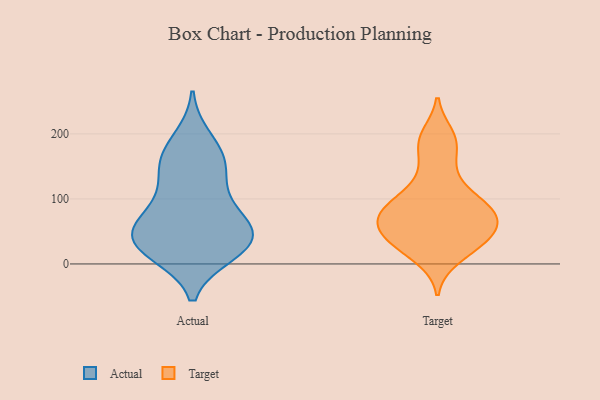
{"axis": {"x": "Backlog", "y": "Value"}, "legend": ["Actual", "Target"], "data": [{"x": "", "y": 23, "type": "Actual"}, {"x": "", "y": 122, "type": "Actual"}, {"x": "", "y": 164, "type": "Actual"}, {"x": "", "y": 76, "type": "Actual"}, {"x": "", "y": 40, "type": "Actual"}, {"x": "", "y": 35, "type": "Actual"}, {"x": "", "y": 45, "type": "Actual"}, {"x": "", "y": 152, "type": "Actual"}, {"x": "", "y": 92, "type": "Actual"}, {"x": "", "y": 53, "type": "Actual"}, {"x": "", "y": 17, "type": "Actual"}, {"x": "", "y": 21, "type": "Actual"}, {"x": "", "y": 192, "type": "Actual"}, {"x": "", "y": 157, "type": "Actual"}, {"x": "", "y": 58, "type": "Actual"}, {"x": "", "y": 124, "type": "Target"}, {"x": "", "y": 37, "type": "Target"}, {"x": "", "y": 93, "type": "Target"}, {"x": "", "y": 90, "type": "Target"}, {"x": "", "y": 146, "type": "Target"}, {"x": "", "y": 57, "type": "Target"}, {"x": "", "y": 40, "type": "Target"}, {"x": "", "y": 184, "type": "Target"}, {"x": "", "y": 72, "type": "Target"}, {"x": "", "y": 188, "type": "Target"}, {"x": "", "y": 78, "type": "Target"}, {"x": "", "y": 96, "type": "Target"}, {"x": "", "y": 31, "type": "Target"}, {"x": "", "y": 23, "type": "Target"}, {"x": "", "y": 83, "type": "Target"}, {"x": "", "y": 63, "type": "Target"}, {"x": "", "y": 46, "type": "Target"}, {"x": "", "y": 10, "type": "Target"}, {"x": "", "y": 197, "type": "Target"}, {"x": "", "y": 67, "type": "Target"}]}